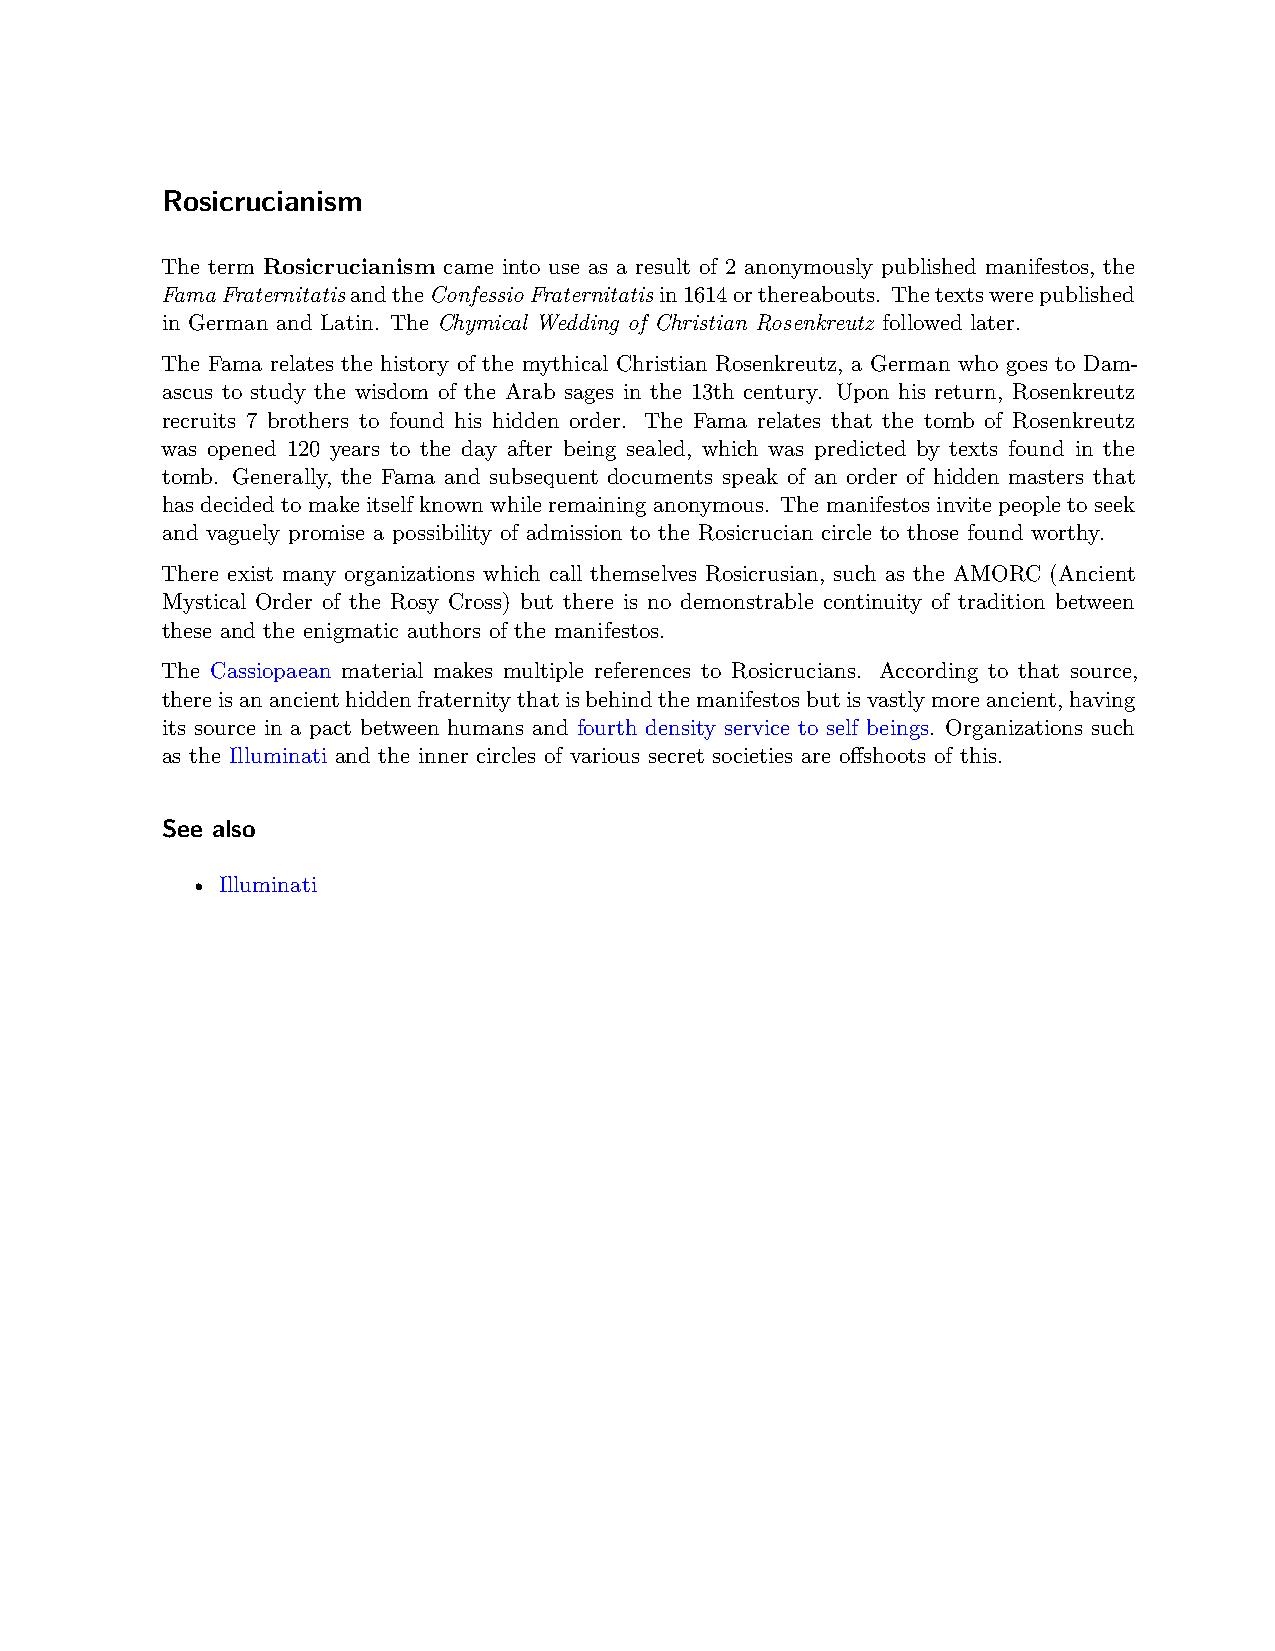
Rosicrucianism
 The term Rosicrucianism came into use as a result of 2 anonymously published manifestos, the
 FamaFraternitatisandtheConfessioFraternitatisin1614orthereabouts. Thetextswerepublished
 in German and Latin. The Chymical Wedding of Christian Rosenkreutz followed later.
 The Fama relates the history of the mythical Christian Rosenkreutz, a German who goes to Dam-
 ascus to study the wisdom of the Arab sages in the 13th century. Upon his return, Rosenkreutz
 recruits 7 brothers to found his hidden order. The Fama relates that the tomb of Rosenkreutz
 was opened 120 years to the day after being sealed, which was predicted by texts found in the
 tomb. Generally, the Fama and subsequent documents speak of an order of hidden masters that
 hasdecidedtomakeitselfknownwhileremaininganonymous. Themanifestosinvitepeopletoseek
 and vaguely promise a possibility of admission to the Rosicrucian circle to those found worthy.
 There exist many organizations which call themselves Rosicrusian, such as the AMORC (Ancient
 Mystical Order of the Rosy Cross) but there is no demonstrable continuity of tradition between
 these and the enigmatic authors of the manifestos.
 The Cassiopaean material makes multiple references to Rosicrucians. According to that source,
 thereisanancienthiddenfraternitythatisbehindthemanifestosbutisvastlymoreancient,having
 its source in a pact between humans and fourth density service to self beings. Organizations such
 as the Illuminati and the inner circles of various secret societies are offshoots of this.
 See also
 • Illuminati